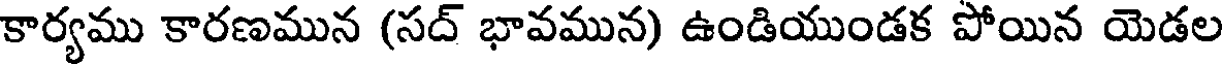
కార్యము కారణమున (సద్ భావమున) ఉండియుండక పోయిన యెడల